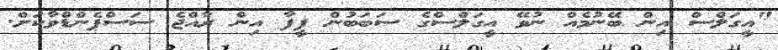
"އީގަލްސް އިން ބޭނުމެއް ނުވޭ އީގަލްސްގެ ސަބަބުން ފީފާ އިން ރާއްޖެ ސަސްޕެންޑްވާކަށް.